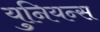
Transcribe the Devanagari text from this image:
युनियन्स